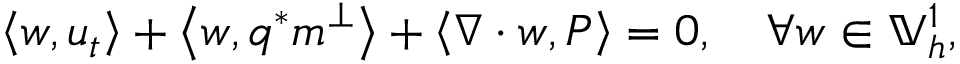
\left\langle w , u _ { t } \right\rangle + \left\langle w , q ^ { * } m ^ { \perp } \right\rangle + \left\langle \nabla \cdot w , P \right\rangle = 0 , \quad \forall w \in \mathbb { V } _ { h } ^ { 1 } ,